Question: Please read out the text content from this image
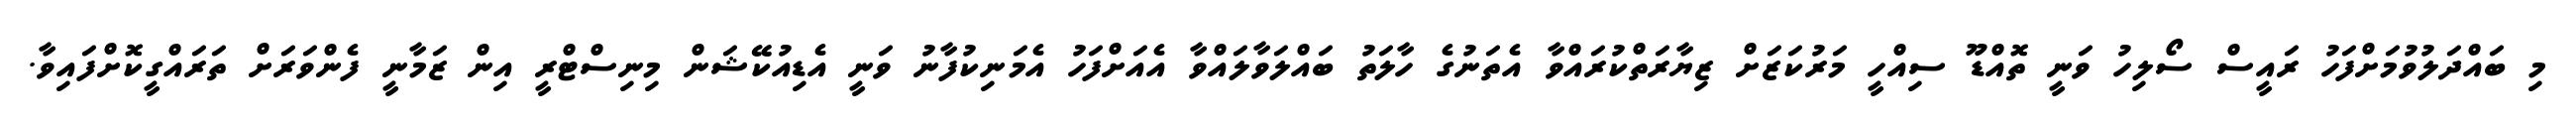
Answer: މި ބައްދަލުވުމަށްފަހު ރައީސް ސޯލިހު ވަނީ ތޮއްޑޫ ސިއްހީ މަރުކަޒަށް ޒިޔާރަތްކުރައްވާ އެތަނުގެ ހާލަތު ބައްލަވާލައްވާ އެއަށްފަހު އެމަނިކުފާނު ވަނީ އެޑިއުކޭޝަން މިނިސްޓްރީ އިން ޒަމާނީ ފެންވަރަށް ތަރައްގީކޮށްފައިވާ.